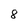
Character: 8